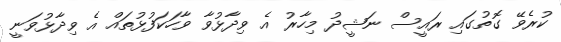
ކުރެވޭ ގޮތުގައި ރައީސް ނަޝީދު މިހާރު އެ ވިދާޅުވާ ވާހަކަފުޅުތައް އެ ވިދާޅުވަނީ